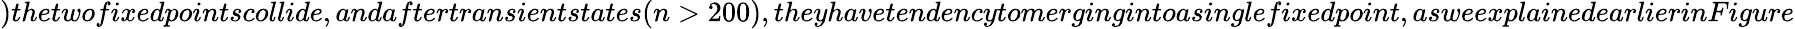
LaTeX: )thetwofixedpointscollide,andaftertransientstates(n>200),theyhavetendencytomergingintoasinglefixedpoint,asweexplainedearlierinFigure